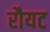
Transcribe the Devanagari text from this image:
रौयट